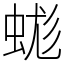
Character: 蛖